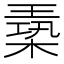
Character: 𪳈